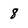
Character: 8